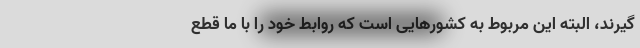
گیرند، البته این مربوط به کشور‌هایی است که روابط خود را با ما قطع